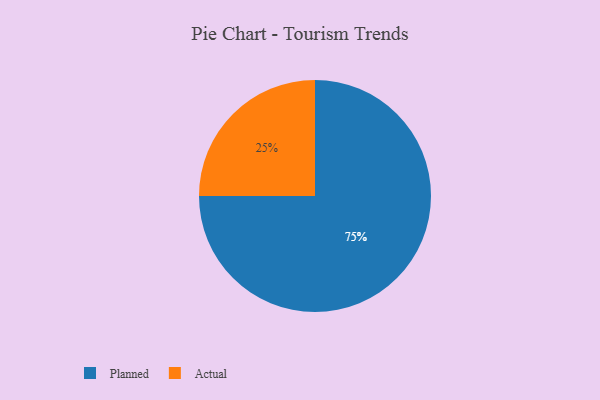
{"axis": {"x": "Category", "y": "Percentage"}, "legend": ["Actual", "Planned"], "data": [{"x": "Actual", "y": 25, "type": "Actual"}, {"x": "Planned", "y": 75, "type": "Planned"}]}